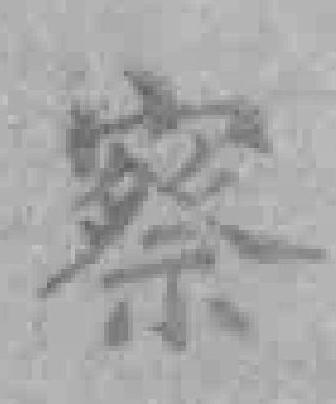
察